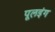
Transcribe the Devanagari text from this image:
पूलइंग